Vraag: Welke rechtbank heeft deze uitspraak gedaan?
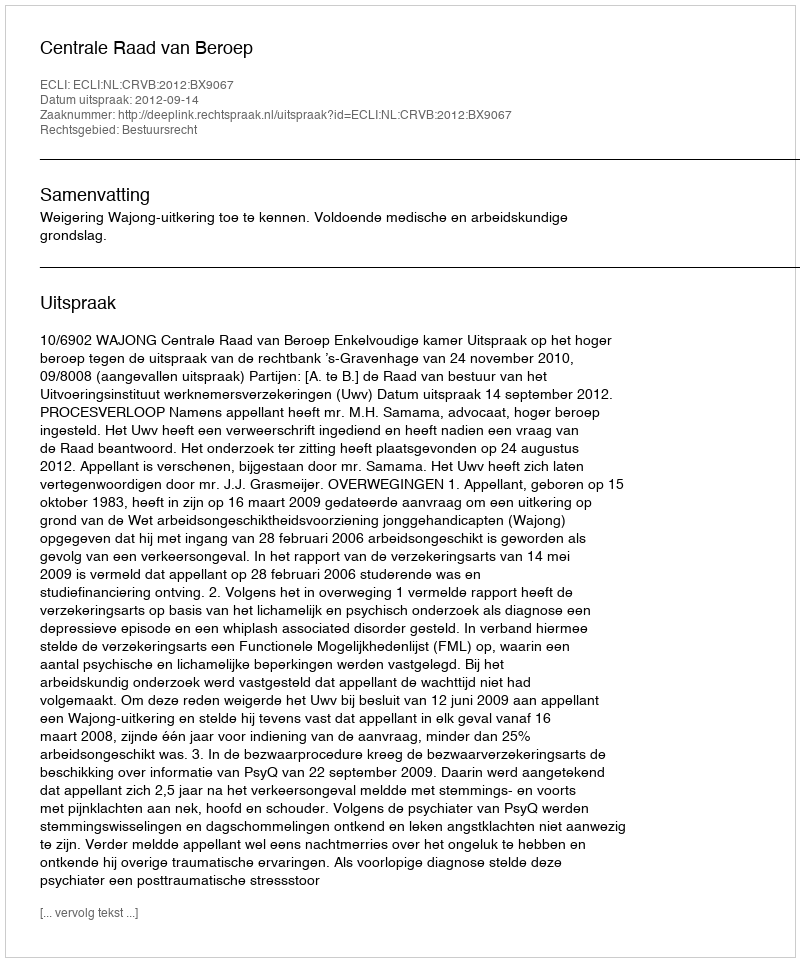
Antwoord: Centrale Raad van Beroep